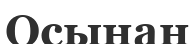
Осынан